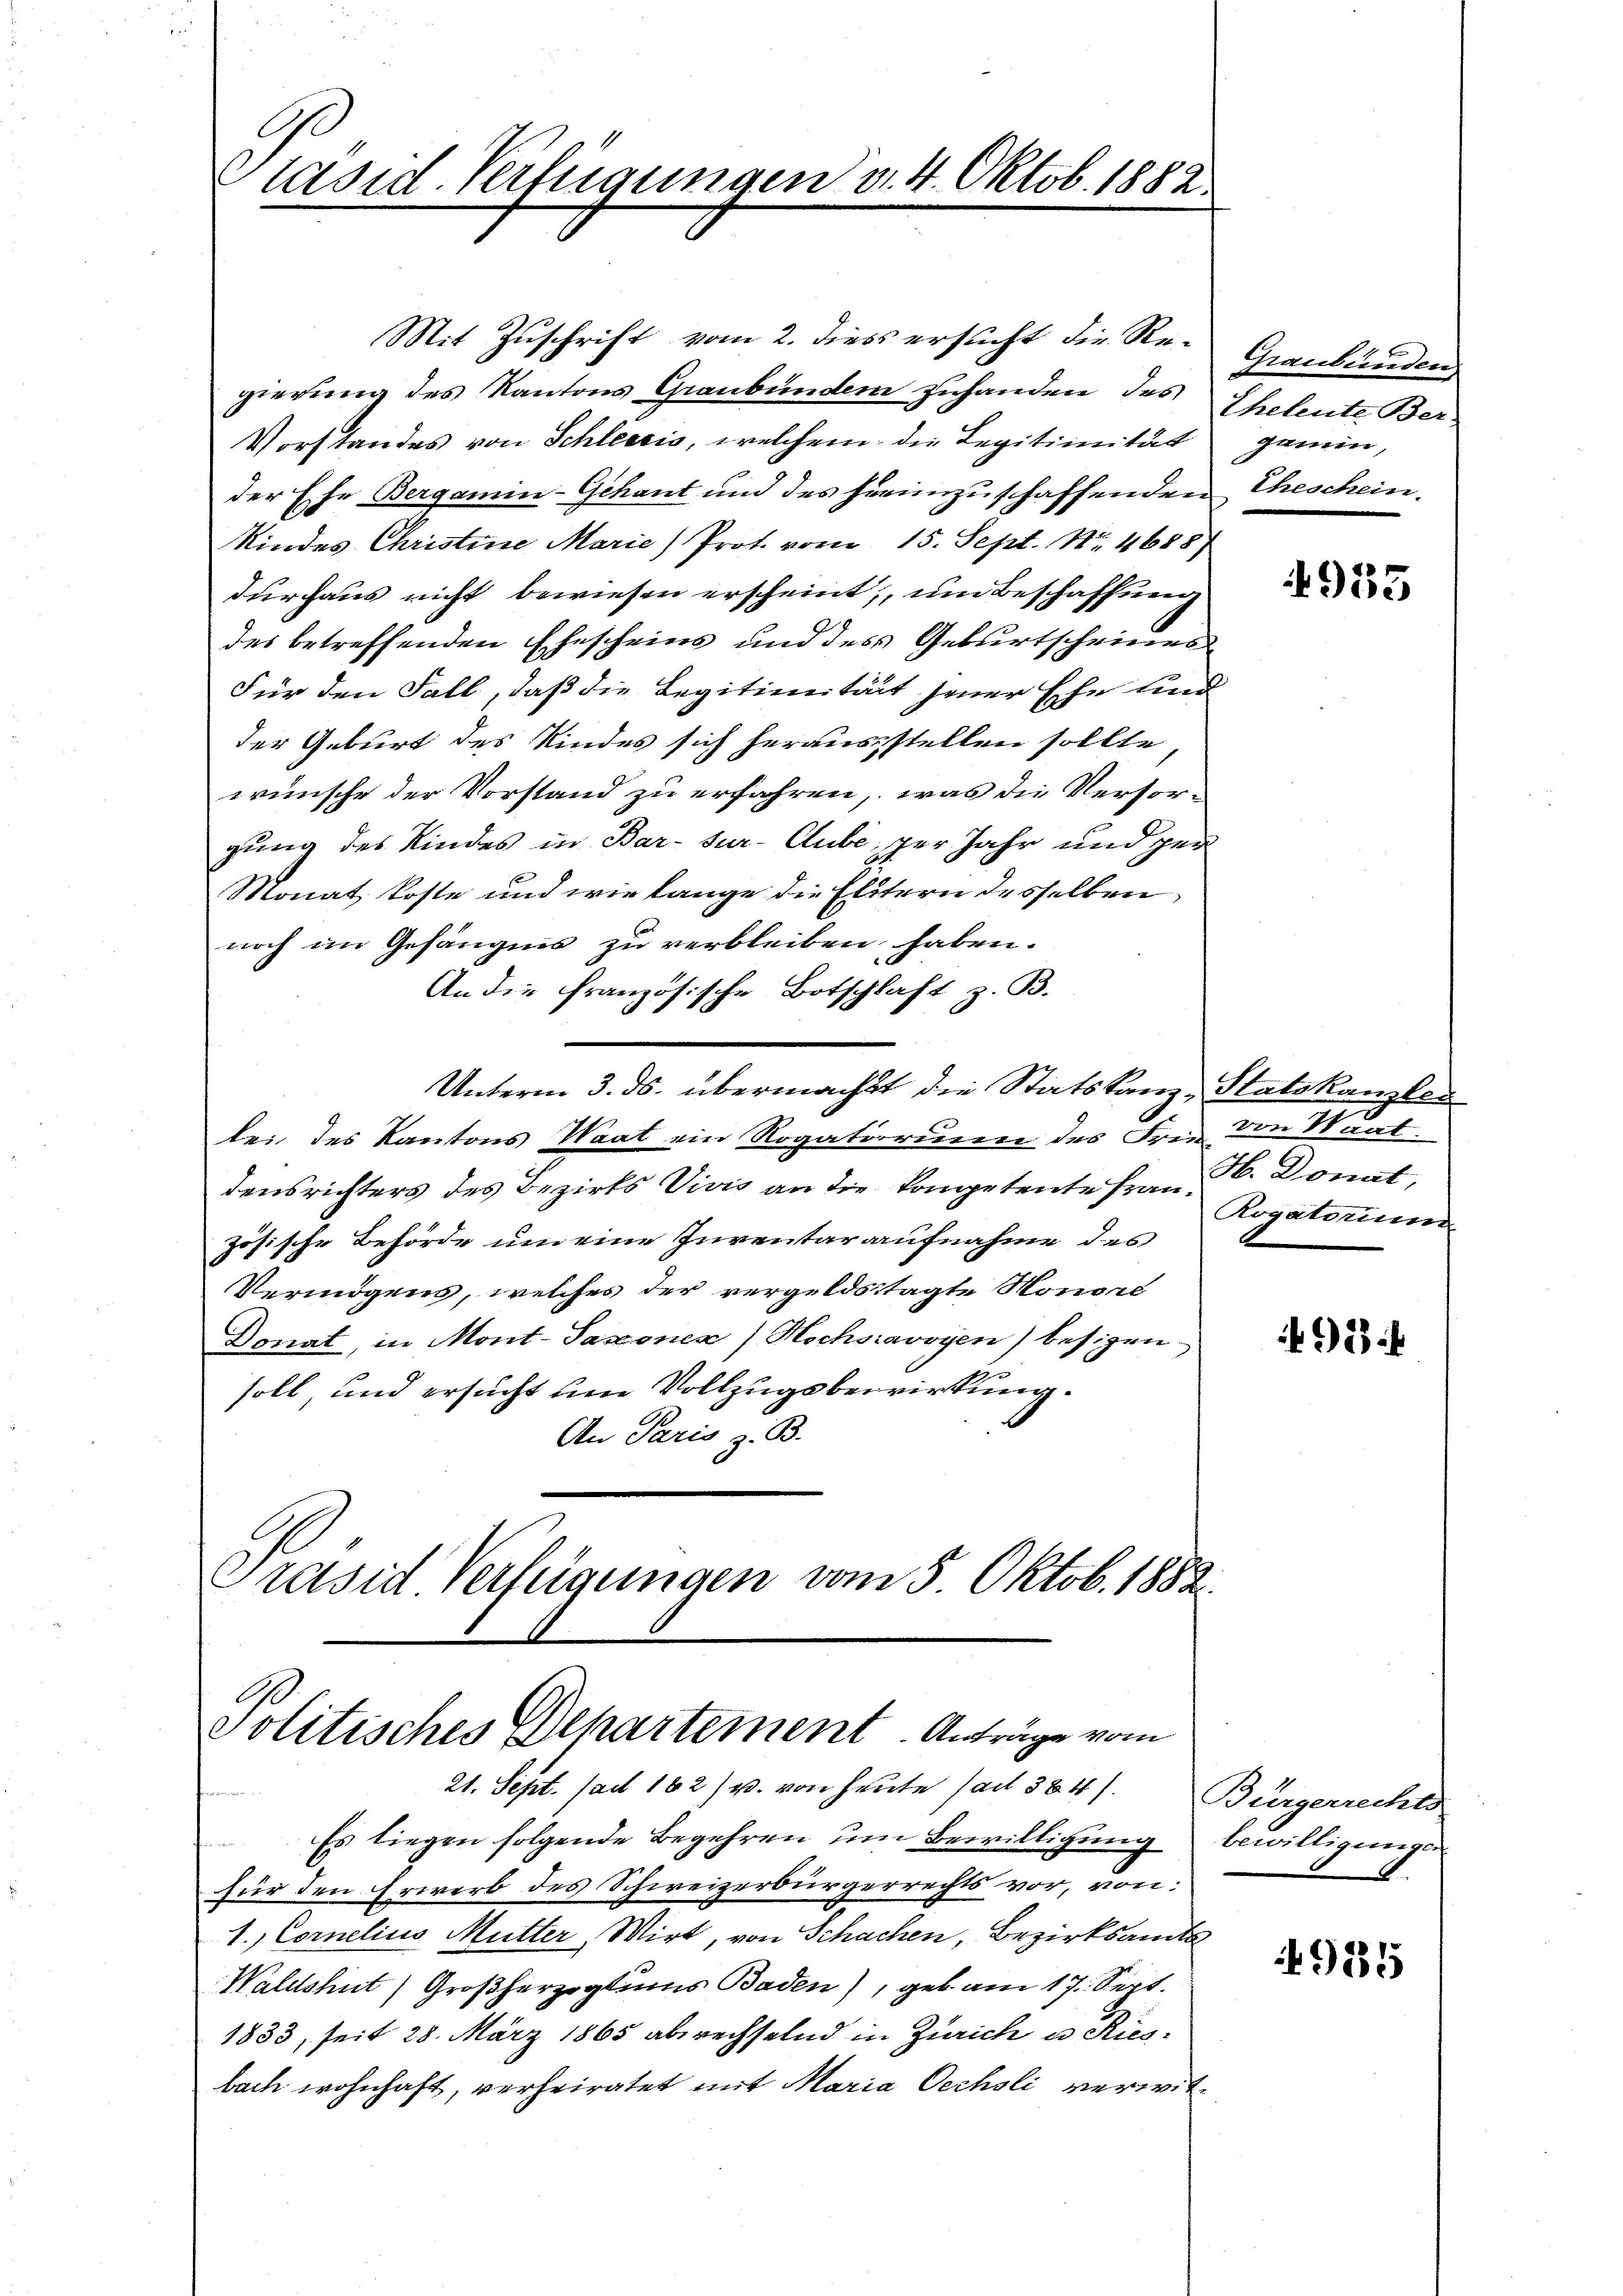
Präsid. Verfügungen v. 4. Oktob. 1882.

Mit Zuschrift vom 2. diess ersucht die Regierung des Kantons Graubünden zuhanden des Ehetente Ber¬
Vorstandes von Schleezis, welchem die Legitimität gemein,
der Ehe Bergamin-Gehant und des freimzuschaffenden Eheschein.
Kindes Christine Marie Prot. vom 15. Sept. Nr. 4688)
durchaus nicht bewiesen erscheint, um Beschaffung
des betreffenden Ehescheine und des Geburtscheines
Für den Fall, daß die Legitiennität jener Ehe und
der Geburt des Kindes sich herausstellen sollte,
wünsche der Vorstand zu erfahren, was die Versorgung des Kindes in Bar- sur-Cube, per Jahr und per
Monat koste und wie lange die Elitern desselben
noch im Gefängnis zu verbleiben haben.
An die französische Botschlaft z. B.
Unterm 3. ds. übermacht die Statstanz, Statskanzlei
lei des Kantons Waat ein Rogatorium des Frie
densrichters des Bezirks Vivis an die kompetente Frauzösische Behörde um eine Inventaraufnahme des
Vermögens, welches der vergeldstagte Honore
Donat, in Mont-Saxoner/Hochsravoyen) besizen
soll, und ersucht um Vollzugsbewirkung
An Paris z. B.
Präsid Verfügungen vom 5. Oktob. 1882.

Politisches Departement Anträge vom
21. Sept. (ad 182) u. von heute (ad 324). Bürgerrechts

Es liegen folgende Begehren um Bewilligung bewilligungen
für den Erwerb des Schweizerbürgerrechts vor, von:
1. Cornelius Mutter, Wirt, von Schachen, Bezirksamts
Waldshut) Großherzogtums Baden), geb. am 17. Sept.
1833, seit 28. März 1865 abrechselnd in Zürich u. Riesbach wohnhaft, verheiratet mit Maria Oechsli verwit¬

Graubünden,

4955

n
von Staat.
H. Donat,
Rogatorium

24

49185